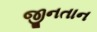
જીનતાન